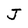
Character: J